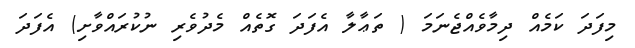
މިފަދަ ކަމެއް ދިމާވެއްޖެނަމަ ( ތަޢާލާ އެފަދަ ގޮތެއް މެދުވެރި ނުކުރައްވާށި) އެފަދަ